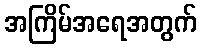
အကြိမ်အရေအတွက်